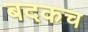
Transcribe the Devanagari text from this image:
बदकच